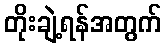
တိုးချဲ့ရန်အတွက်